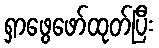
ရှာဖွေဖော်ထုတ်ပြီး